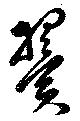
翼